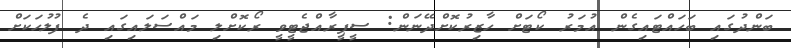
ބަންދުގައި ބަހައްޓައިގެން އުމަރު ކޯޓަށް ހާޒިރުކޮށްދޭނަން: ސީޕީރާއްޖެޓީވީ ރޯކޮށްލި މައްސަލައިގައި ދެ ފުލުހަކަށް